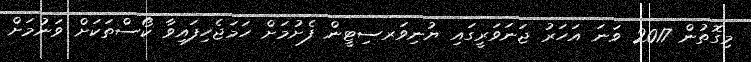
މިގޮތުން 2017 ވަނަ އަހަރު ޖަނަވަރީގައި ޔުނިވަރސިޓީން ފެށުމަށް ހަމަޖެހިފައިވާ ކޯސްތަކަށް ވަނުމަށް